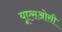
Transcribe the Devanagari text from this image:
यूएसओसी